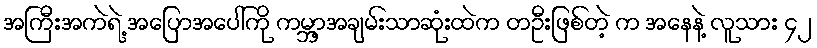
အကြီးအကဲရဲ့ အပြောအပေါ်ကို ကမ္ဘာ့အချမ်းသာဆုံးထဲက တဦးဖြစ်တဲ့ က အနေနဲ့ လူသား ၄၂